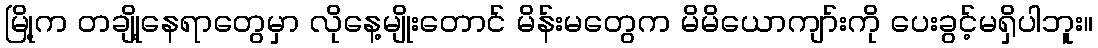
မြို့က တချို့နေရာတွေမှာ လိုနေ့မျိုးတောင် မိန်းမတွေက မိမိယောကျာ်းကို ပေးခွင့်မရှိပါဘူး။